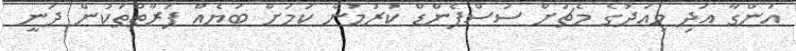
އަންގާ އަދި މިއަދުގެ މެޗަށް ސަސްޕެންޑް ކުރުމުން ކަމަށް ބަޔެއް ފަރާތްތަކުން ދަނީ